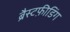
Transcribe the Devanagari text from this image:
ब्रैस्टफ़ीडिंग